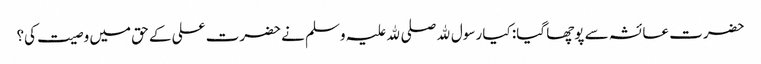
حضرت عائشہ سے پوچھا گیا: کیا رسول ﷲ صلی ﷲ علیہ وسلم نے حضرت علی کے حق میں وصیت کی؟